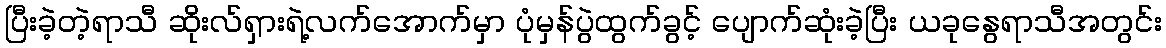
ပြီးခဲ့တဲ့ရာသီ ဆိုးလ်ရှားရဲ့လက်အောက်မှာ ပုံမှန်ပွဲထွက်ခွင့် ပျောက်ဆုံးခဲ့ပြီး ယခုနွေရာသီအတွင်း